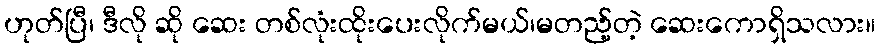
ဟုတ်ပြီ၊ ဒီလို ဆို ဆေး တစ်လုံးထိုးပေးလိုက်မယ်၊မတည့်တဲ့ ဆေးကောရှိသလား။